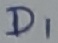
Text: D1